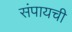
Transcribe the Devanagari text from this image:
संपायची